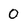
Character: O